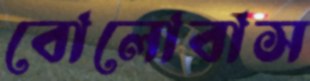
বোলোবাস